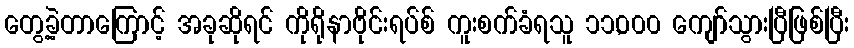
တွေ့ခဲ့တာကြောင့် အခုဆိုရင် ကိုရိုနာဗိုင်းရပ်စ် ကူးစက်ခံရသူ ၁၁,၀၀၀ ကျော်သွားပြီဖြစ်ပြီး